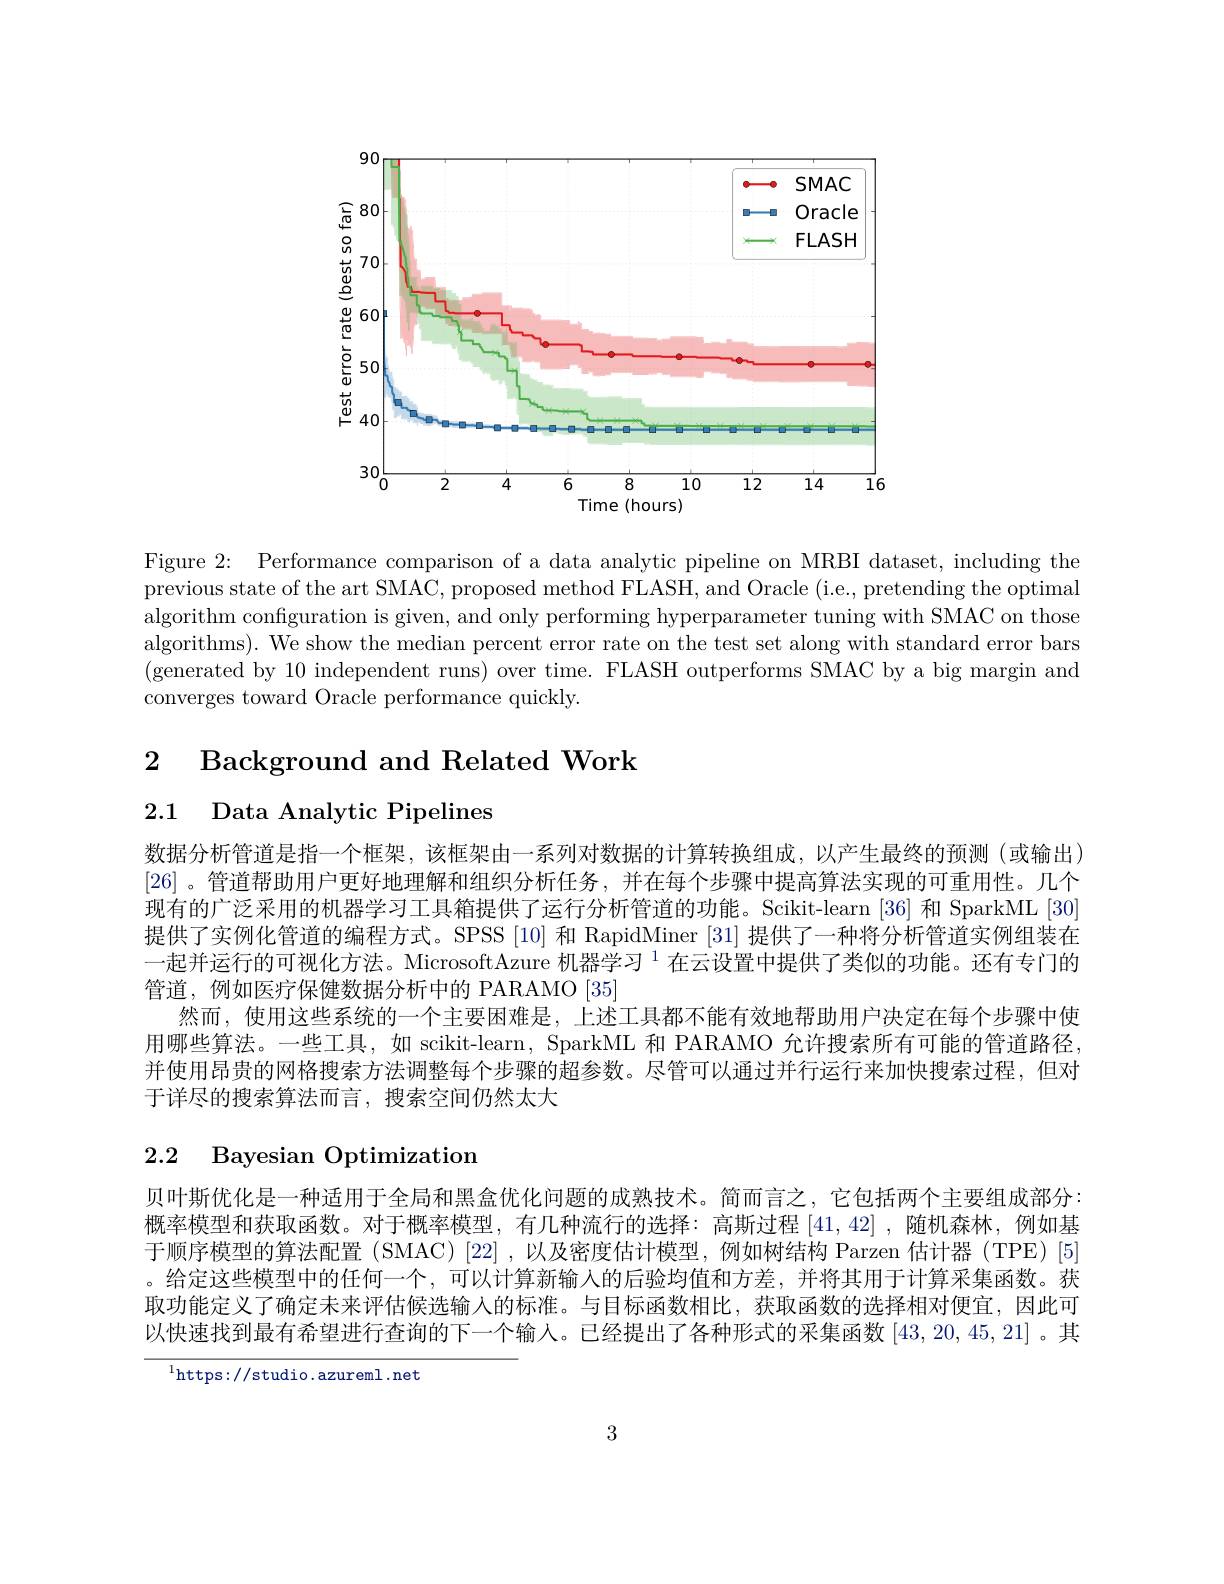
<FigureHere>

Figure 2: Performance comparison of a data analytic pipeline on MRBI dataset, including the previous state of the art SMAC, proposed method FLASH, and Oracle (i.e., pretending the optimal algorithm configuration is given, and only performing hyperparameter tuning with SMAC on those algorithms). We show the median percent error rate on the test set along with standard error bars (generated by 10 independent runs) over time. FLASH outperforms SMAC by a big margin and converges toward Oracle performance quickly.

2 Background and Related Work

2.1 Data Analytic Pipelines

数据分析管道是指一个框架，该框架由一系列对数据的计算转换组成，以产生最终的预测(或输出) [26] 。管道帮助用户更好地理解和组织分析任务，并在每个步骤中提高算法实现的可重用性。几个现有的广泛采用的机器学习工具箱提供了运行分析管道的功能。Scikit-learn [36] 和 SparkML [30] 提供了实例化管道的编程方式。SPSS [10] 和 RapidMiner [31] 提供了一种将分析管道实例组装在一起并运行的可视化方法。MicrosoftAzure 机器学习$^{1}$在云设置中提供了类似的功能。还有专门的管道，例如医疗保健数据分析中的 PARAMO[35]
然而，使用这些系统的一个主要困难是，上述工具都不能有效地帮助用户决定在每个步骤中使用哪些算法。一些工具，如 scikit-learn, SparkML 和 PARAMO 允许搜索所有可能的管道路径， 并使用昂贵的网格搜索方法调整每个步骤的超参数。尽管可以通过并行运行来加快搜索过程，但对于详尽的搜索算法而言，搜索空间仍然太大

# 2.2 Bayesian Optimization

贝叶斯优化是一种适用于全局和黑盒优化问题的成熟技术。简而言之，它包括两个主要组成部分： 概率模型和获取函数。对于概率模型，有几种流行的选择：高斯过程[41,42] ,随机森林，例如基于顺序模型的算法配置(SMAC)[22],以及密度估计模型，例如树结构 Parzen 估计器(TPE)[5] 。给定这些模型中的任何一个，可以计算新输入的后验均值和方差，并将其用于计算采集函数。获取功能定义了确定未来评估候选输入的标准。与目标函数相比，获取函数的选择相对便宜，因此可以快速找到最有希望进行查询的下一个输人。已经提出了各种形式的采集函数[43,20,45,21]。其

$^{1}$https://studio.azureml.net

3